system: You are a helpful assistant.
user:
Analyze the provided spectrum to determine if it is a **Carbon Star (C-type)**.

- **Key Visual Indicators of Carbon Star:**
    - **(Primary):** Strong molecular absorption from **C₂ (diatomic carbon) "Swan Bands."** This is the **defining feature** of a carbon star.
        - **(Key Bandheads):** Sharp absorption edges are visible at approximately $5635$ Å, $5165$ Å (the strongest band), and $4737$ Å.
        - **(Line Profile):** Creates a distinct **"saw-tooth"** pattern. The key morphology is a sharp, steep bandhead on the **red (long-wavelength) side**, which then gradually tapers off (i.e., flux recovers) towards the **blue (short-wavelength) side**. *(This is the direct opposite of the TiO bands seen in M-type stars)*.

    - **(Secondary):** Intense **CN (cyanogen)** molecular absorption bands.
        - **(Key Bandheads):** Located in the blue and violet regions of the spectrum (e.g., near $4215$ Å and $3883$ Å).
        - **(Morphology):** These bands are extremely broad and act as a "blanket," absorbing the vast majority of blue and violet light. This creates a characteristic **"cliff"** or **"steep drop-off"** in the spectrum's flux at short wavelengths.

    - **(Key Confirmation):** Strong **CH absorption band (G-band)**.
        - **(Key Bandhead):** Located around $4300$ Å. The contribution from CH molecules to this band is exceptionally strong.

    - **(Overall Spectrum):**
        - The continuum is severely "chopped up" by these deep molecular bands, especially C₂, rather than appearing as a smooth curve.
        - Due to the heavy CN and C₂ absorption in the blue-green, the vast majority of the star's flux is concentrated in the red part of the spectrum, giving the star its characteristic deep red color.

Think first, call **spectral_visualization_tool** if needed to examine features in detail, then provide your final answer. Your response must adhere to the following strict rules:
1.  **Overall Structure:** Your response must follow the format `<think>...</think> <tool_call>...</tool_call> (if a tool is used) <answer>...</answer>`.
2.  **Tool Usage Constraint:** You may only make **one** tool call per turn.
3.  **Final Answer Format:** In the `<answer>` tag, your conclusion must be inside a `\boxed{}` command (e.g., `\boxed{YES}`), followed by your justification.

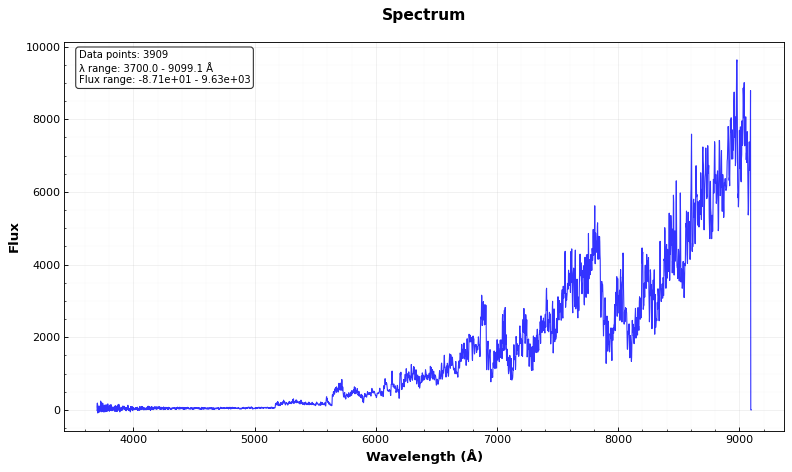
Answer: YES